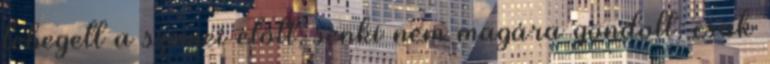
lebegett a szemei előtt, senki nem magára gondolt, csak